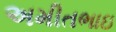
અમીતભાઇ